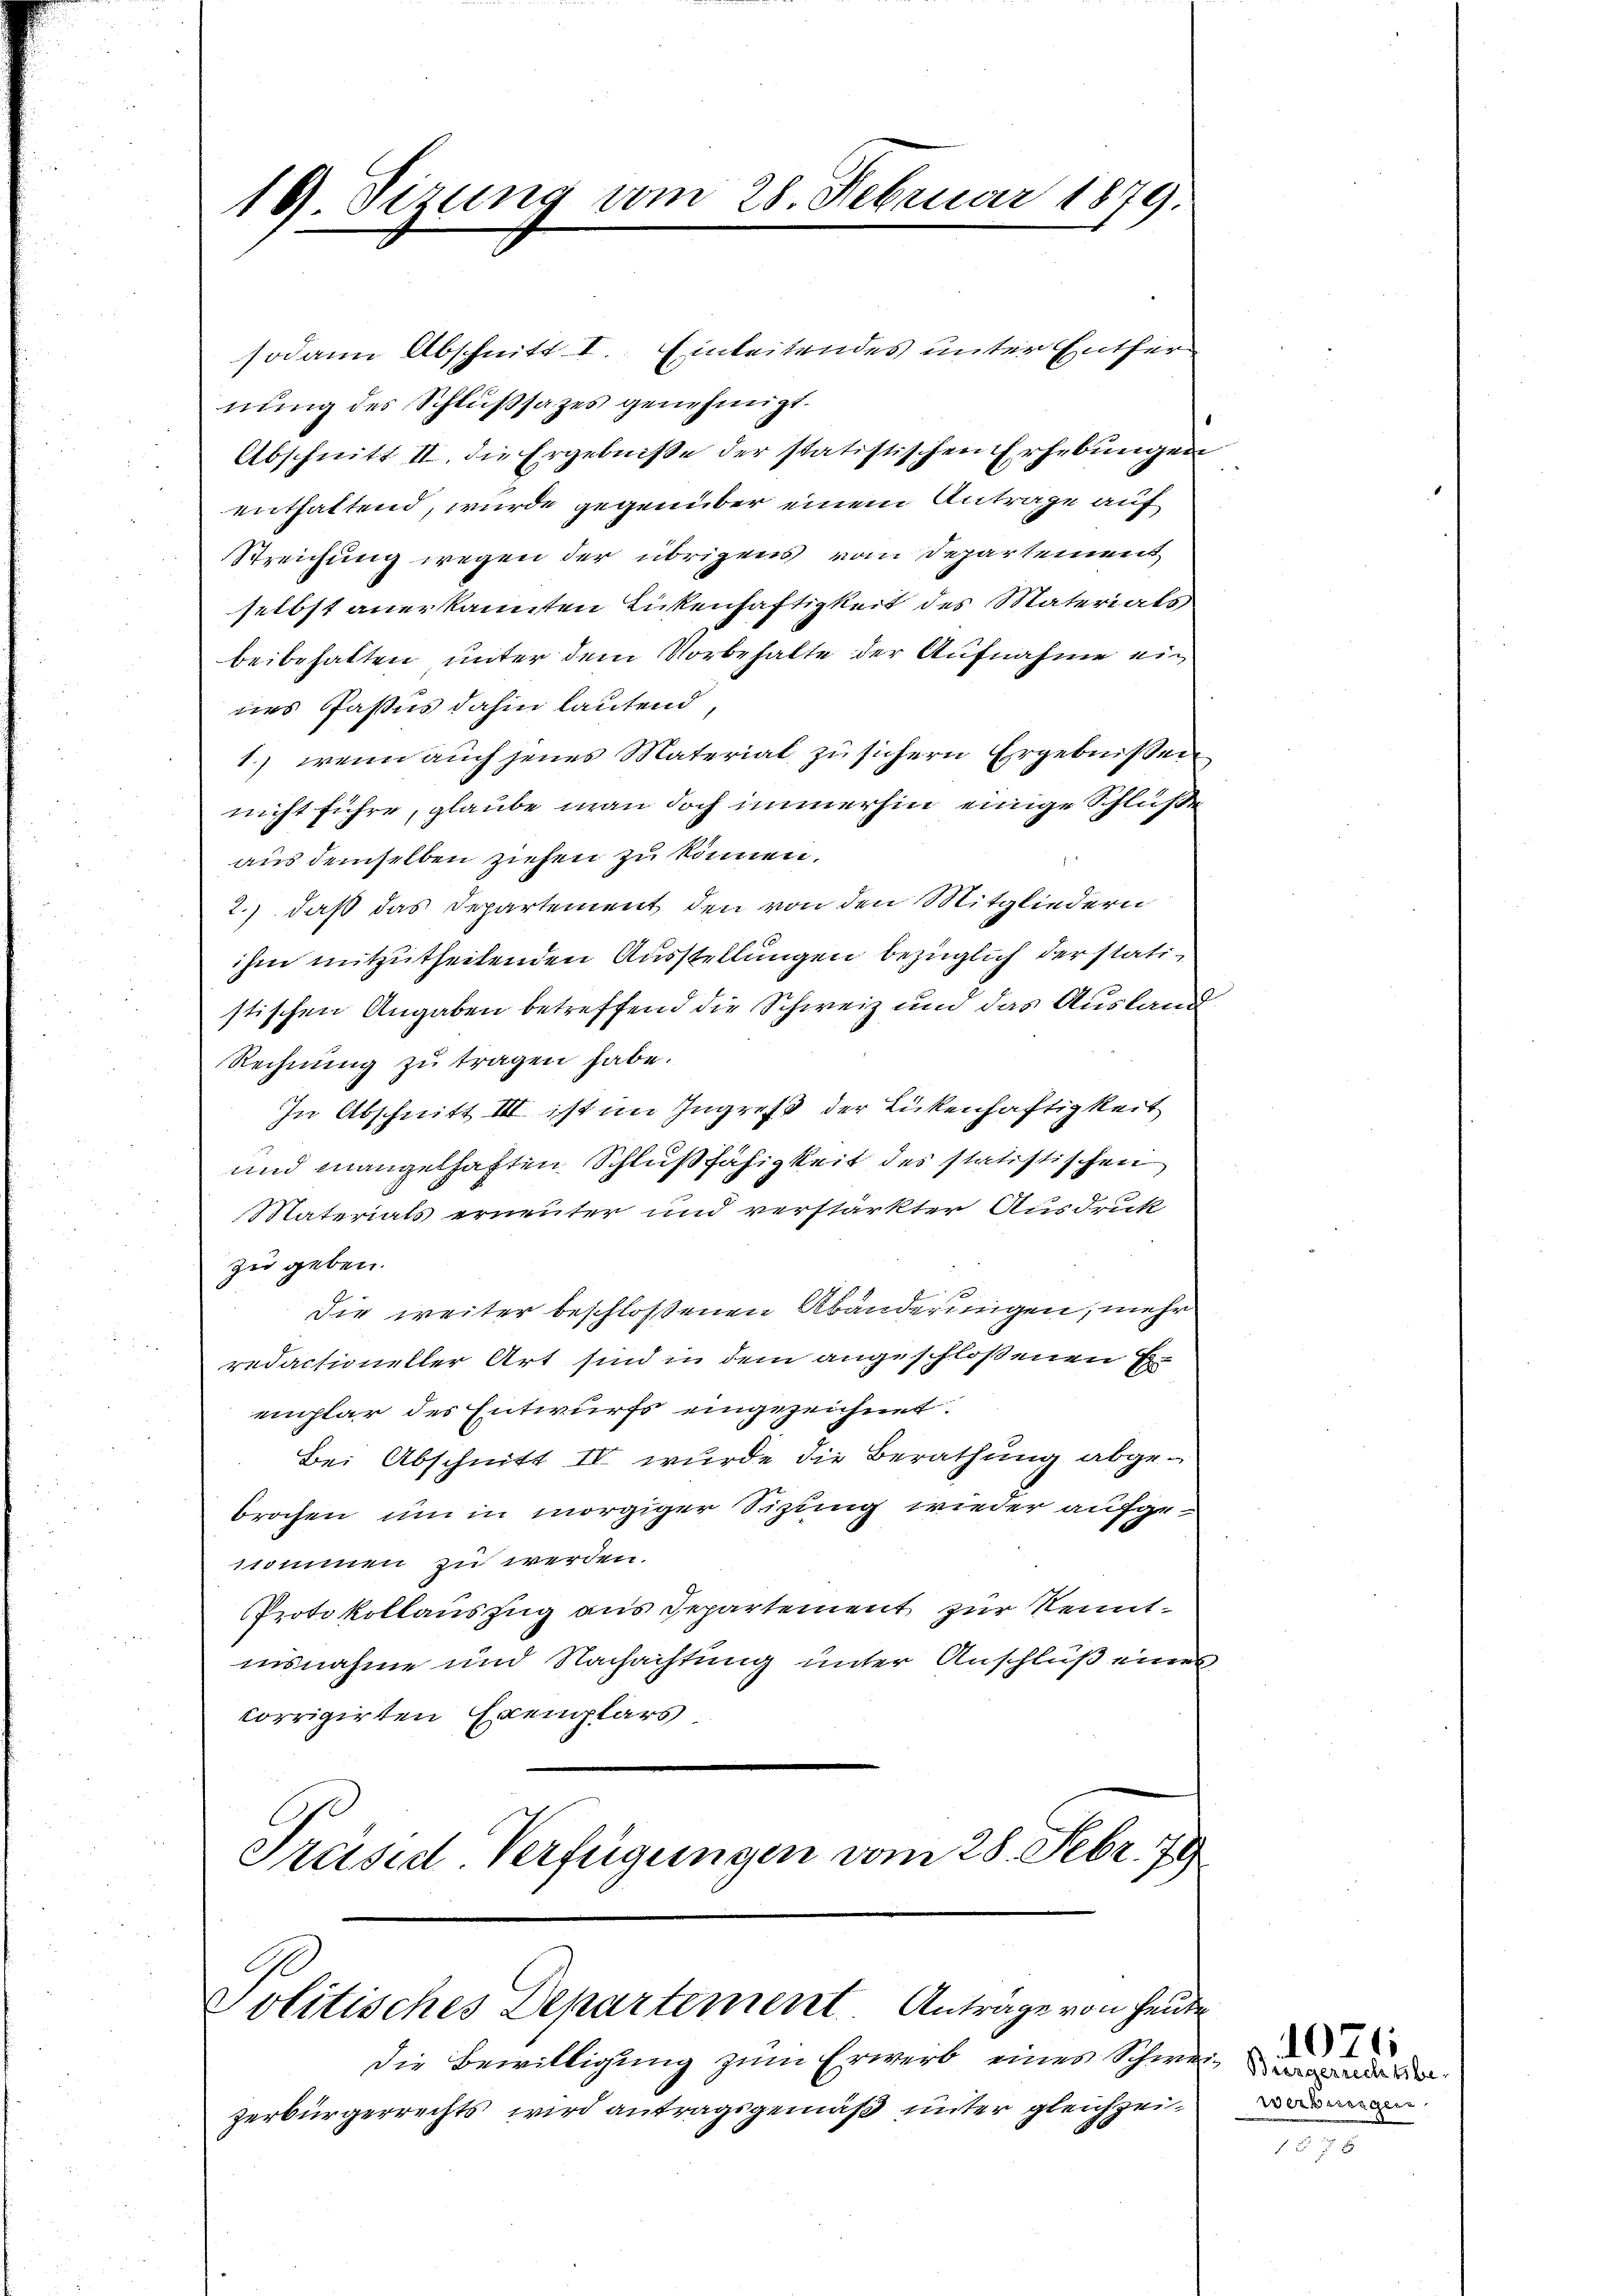
19. Sizung vom 28. Februar 1879.

sodann Abschnitt I Einleitendes unter Entfernung des Schlußsatzes genehmigt.
Abschnitt II. die Ergebniße der statistischen Erhebungen
enthaltend, wurde gegenüber einem Antrage auf
Streichung wegen der übrigens vom Departement,
selbst anerkannten Zickenhaftigkeit des Materials
beibehalten unter dem Vorbehalte der Aufnahme ein
nes Pasus dahin lautend
1.) wenn auch jenes Material zu sichern Ergebnissen
nicht führe, glaube man doch immerhin einige Schluße
aus demselben ziehen zu können.
2.) daß das Departement den von den Mitgliedern
ihm mitzutheilenden Ausstellungen bezüglich der statistischen Angaben betreffend die Schweiz und das Ausland
Rechnung zu tragen habe.
In Abschnitt III ist im Ingreß der Rickenhaftigkeit
und mangelhaften Schlußfähigkeit des statistischen
Materials erneuter und verstärkter Ausdruck
zu geben.
Die weiter beschlossenen Abänderungen, mehr
redactioneller Art sind in dem angeschloßenen Eremplar des Entwurfs eingezeichnet.
Bei Abschnitt IV wurde die Berathung abgebrochen um in morgiger Sitzung wieder aufgeskommen zu werden.
Protokollauszug aus Repartement zur Kenntinsnahme und Nachachtung unter Anschluß eines
corrigirten Exemplars
Präsid. Verfügungen vom 28. Febr. 79

Politisches Departement Anträge von heute
die Bewilligung zum Erwerb eines Schweiz wir aber

zerbürgerrechts wird antragsgemäß unter gleichzei¬

werbeseigen.
1 f 0 x

1076